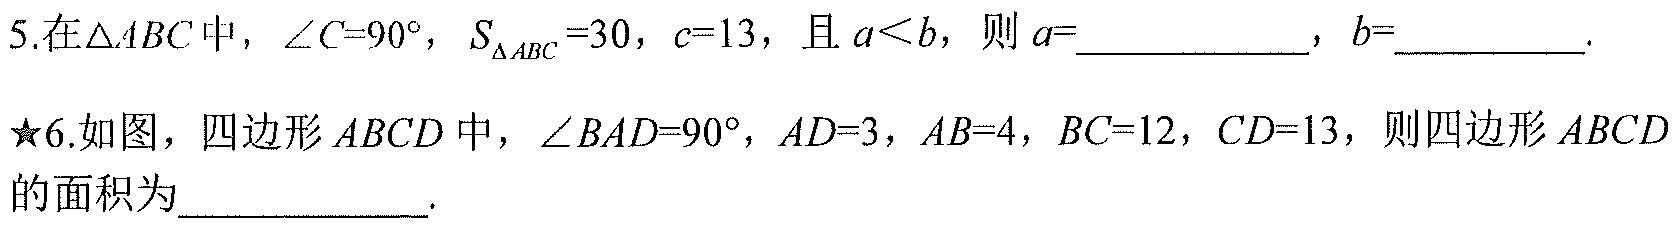
5.在\(\triangle ABC\) 中，\(\angle C = 90^{\circ}\)，\(S_{\triangle ABC}=30\)，\(c = 13\)，且 \(a < b\)，则 \(a=\underline{\qquad\qquad}\)，\(b=\underline{\qquad}\).
★6.如图，四边形 \(ABCD\) 中，\(\angle BAD = 90^{\circ}\)，\(AD = 3\)，\(AB = 4\)，\(BC = 12\)，\(CD = 13\)，则四边形 \(ABCD\) 的面积为\(\underline{\qquad\qquad}\).